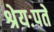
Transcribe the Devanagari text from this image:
श्रेयःपते